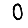
Digit: 0